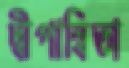
দ্বীপান্বিতা